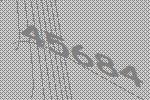
45684